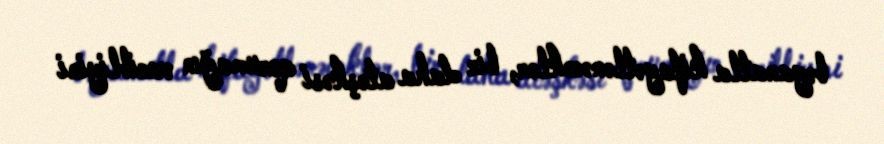
bəyanatla kifayətlənəcəklər, bir daha atəşkəsi qorumağın vacibliyini